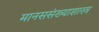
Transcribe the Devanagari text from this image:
मानससंख्याशास्त्र